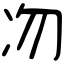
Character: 𠖳